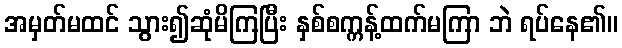
အမှတ်မထင် သွား၍ဆုံမိကြပြီး နှစ်စက္ကန့်ထက်မကြာ ဘဲ ရပ်နေ၏။